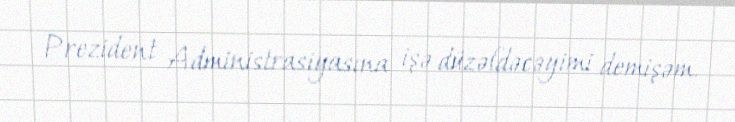
Prezident Administrasiyasına işə düzəldəcəyimi demişəm.